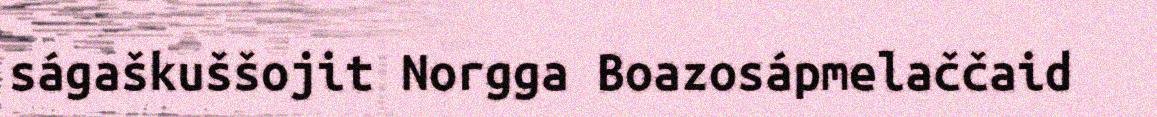
ságaškuššojit Norgga Boazosápmelaččaid